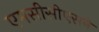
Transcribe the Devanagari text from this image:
एमसीसीएसने